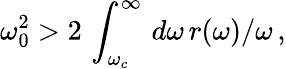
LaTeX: \omega_{0}^{2}>2\, \int_{\omega_{c}}^{\infty}\, d\omega\, r(\omega)/\omega\, ,